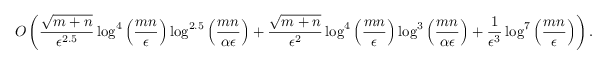
O \left( \frac { \sqrt { m + n } } { \epsilon ^ { 2 . 5 } } \log ^ { 4 } \left( \frac { m n } { \epsilon } \right) \log ^ { 2 . 5 } \left( \frac { m n } { \alpha \epsilon } \right) + \frac { \sqrt { m + n } } { \epsilon ^ { 2 } } \log ^ { 4 } \left( \frac { m n } { \epsilon } \right) \log ^ { 3 } \left( \frac { m n } { \alpha \epsilon } \right) + \frac 1 { \epsilon ^ { 3 } } \log ^ { 7 } \left( \frac { m n } { \epsilon } \right) \right) .